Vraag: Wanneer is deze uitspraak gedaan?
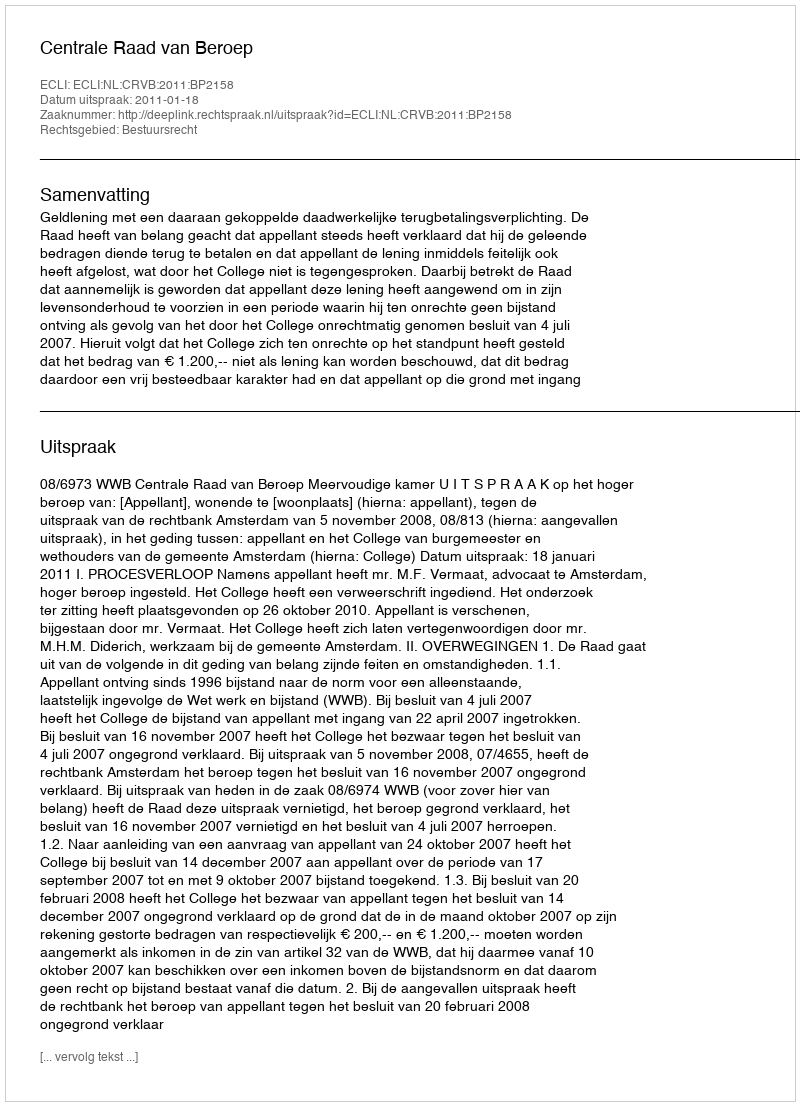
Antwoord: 2011-01-18